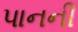
પાનની